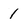
Character: 1